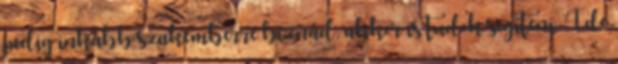
pedig inkább szakemberre bíznád, akkor is tudok segíteni. Ide